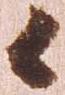
々